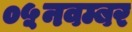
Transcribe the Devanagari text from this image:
०५नवम्बर